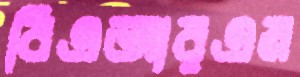
বিএআরএম